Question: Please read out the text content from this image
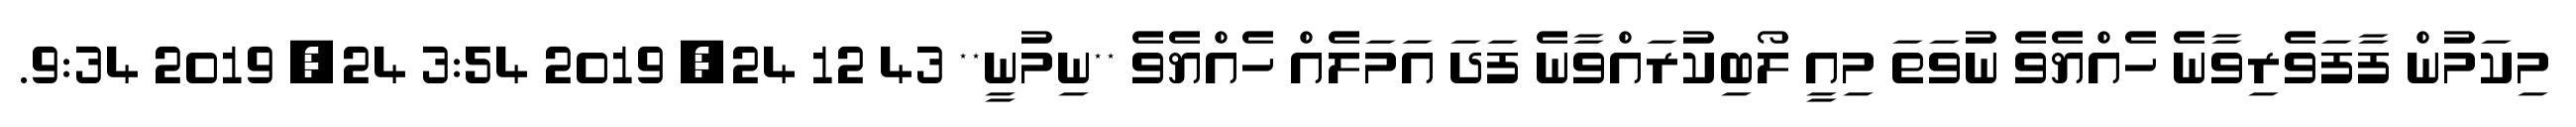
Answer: މިކަމުން ފާފަވެރިވާނެ ހެއްޔެވެ ނުވަތަ މިއީ ލޯބިކުރައްވާނެ ފަދަ އަމަލެއް ހެއްޔެވެ **ނިމުނީ** 43 12 24, 2019 3:54 24, 2019 9:34.